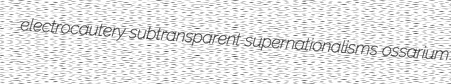
electrocautery subtransparent supernationalisms ossarium